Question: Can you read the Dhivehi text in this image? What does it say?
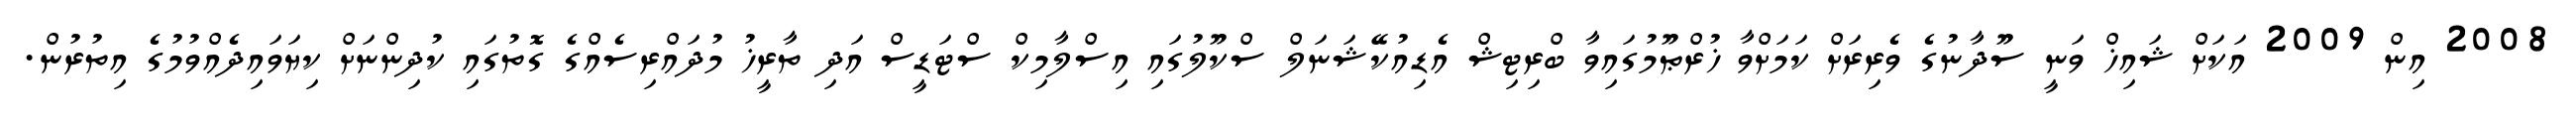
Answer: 2008 އިން 2009 އަކަށް ޝައިޚް ވަނީ ސޫދާނުގެ ވެރިރަށް ކަމަށްވާ ޚުރްޠޫމުގައިވާ ބްރިޓިޝް އެޑިއުކޭޝަނަލް ސްކޫލުގައި އިސްލާމިކް ސްޓަޑީސް އަދި ތާރީޚު މުދައްރިސެއްގެ ގޮތުގައި ކުދިންނަށް ކިޔަވައިދެއްވުމުގެ އިތުރުން.